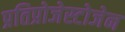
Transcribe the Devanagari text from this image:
प्रतिप्रोजेस्टोजेन